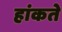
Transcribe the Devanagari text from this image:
हांकते